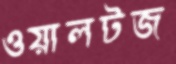
ওয়ালটজ